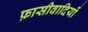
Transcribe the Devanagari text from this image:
फ़ासीवादियों